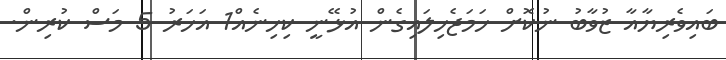
ބައިވެރިޔާއާ ޒުވާބު ނުކޮށް ހަމަޖެހިލައިގެން އުޅޭނީ ކިހިނެއް1 އަހަރު 5 މަސް ކުރިން.